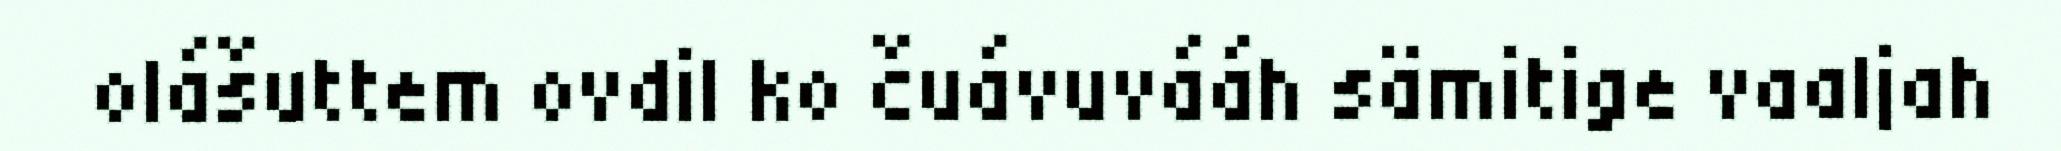
olášuttem ovdil ko čuávuvááh sämitige vaaljah